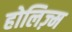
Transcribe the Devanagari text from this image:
होलिज़्म